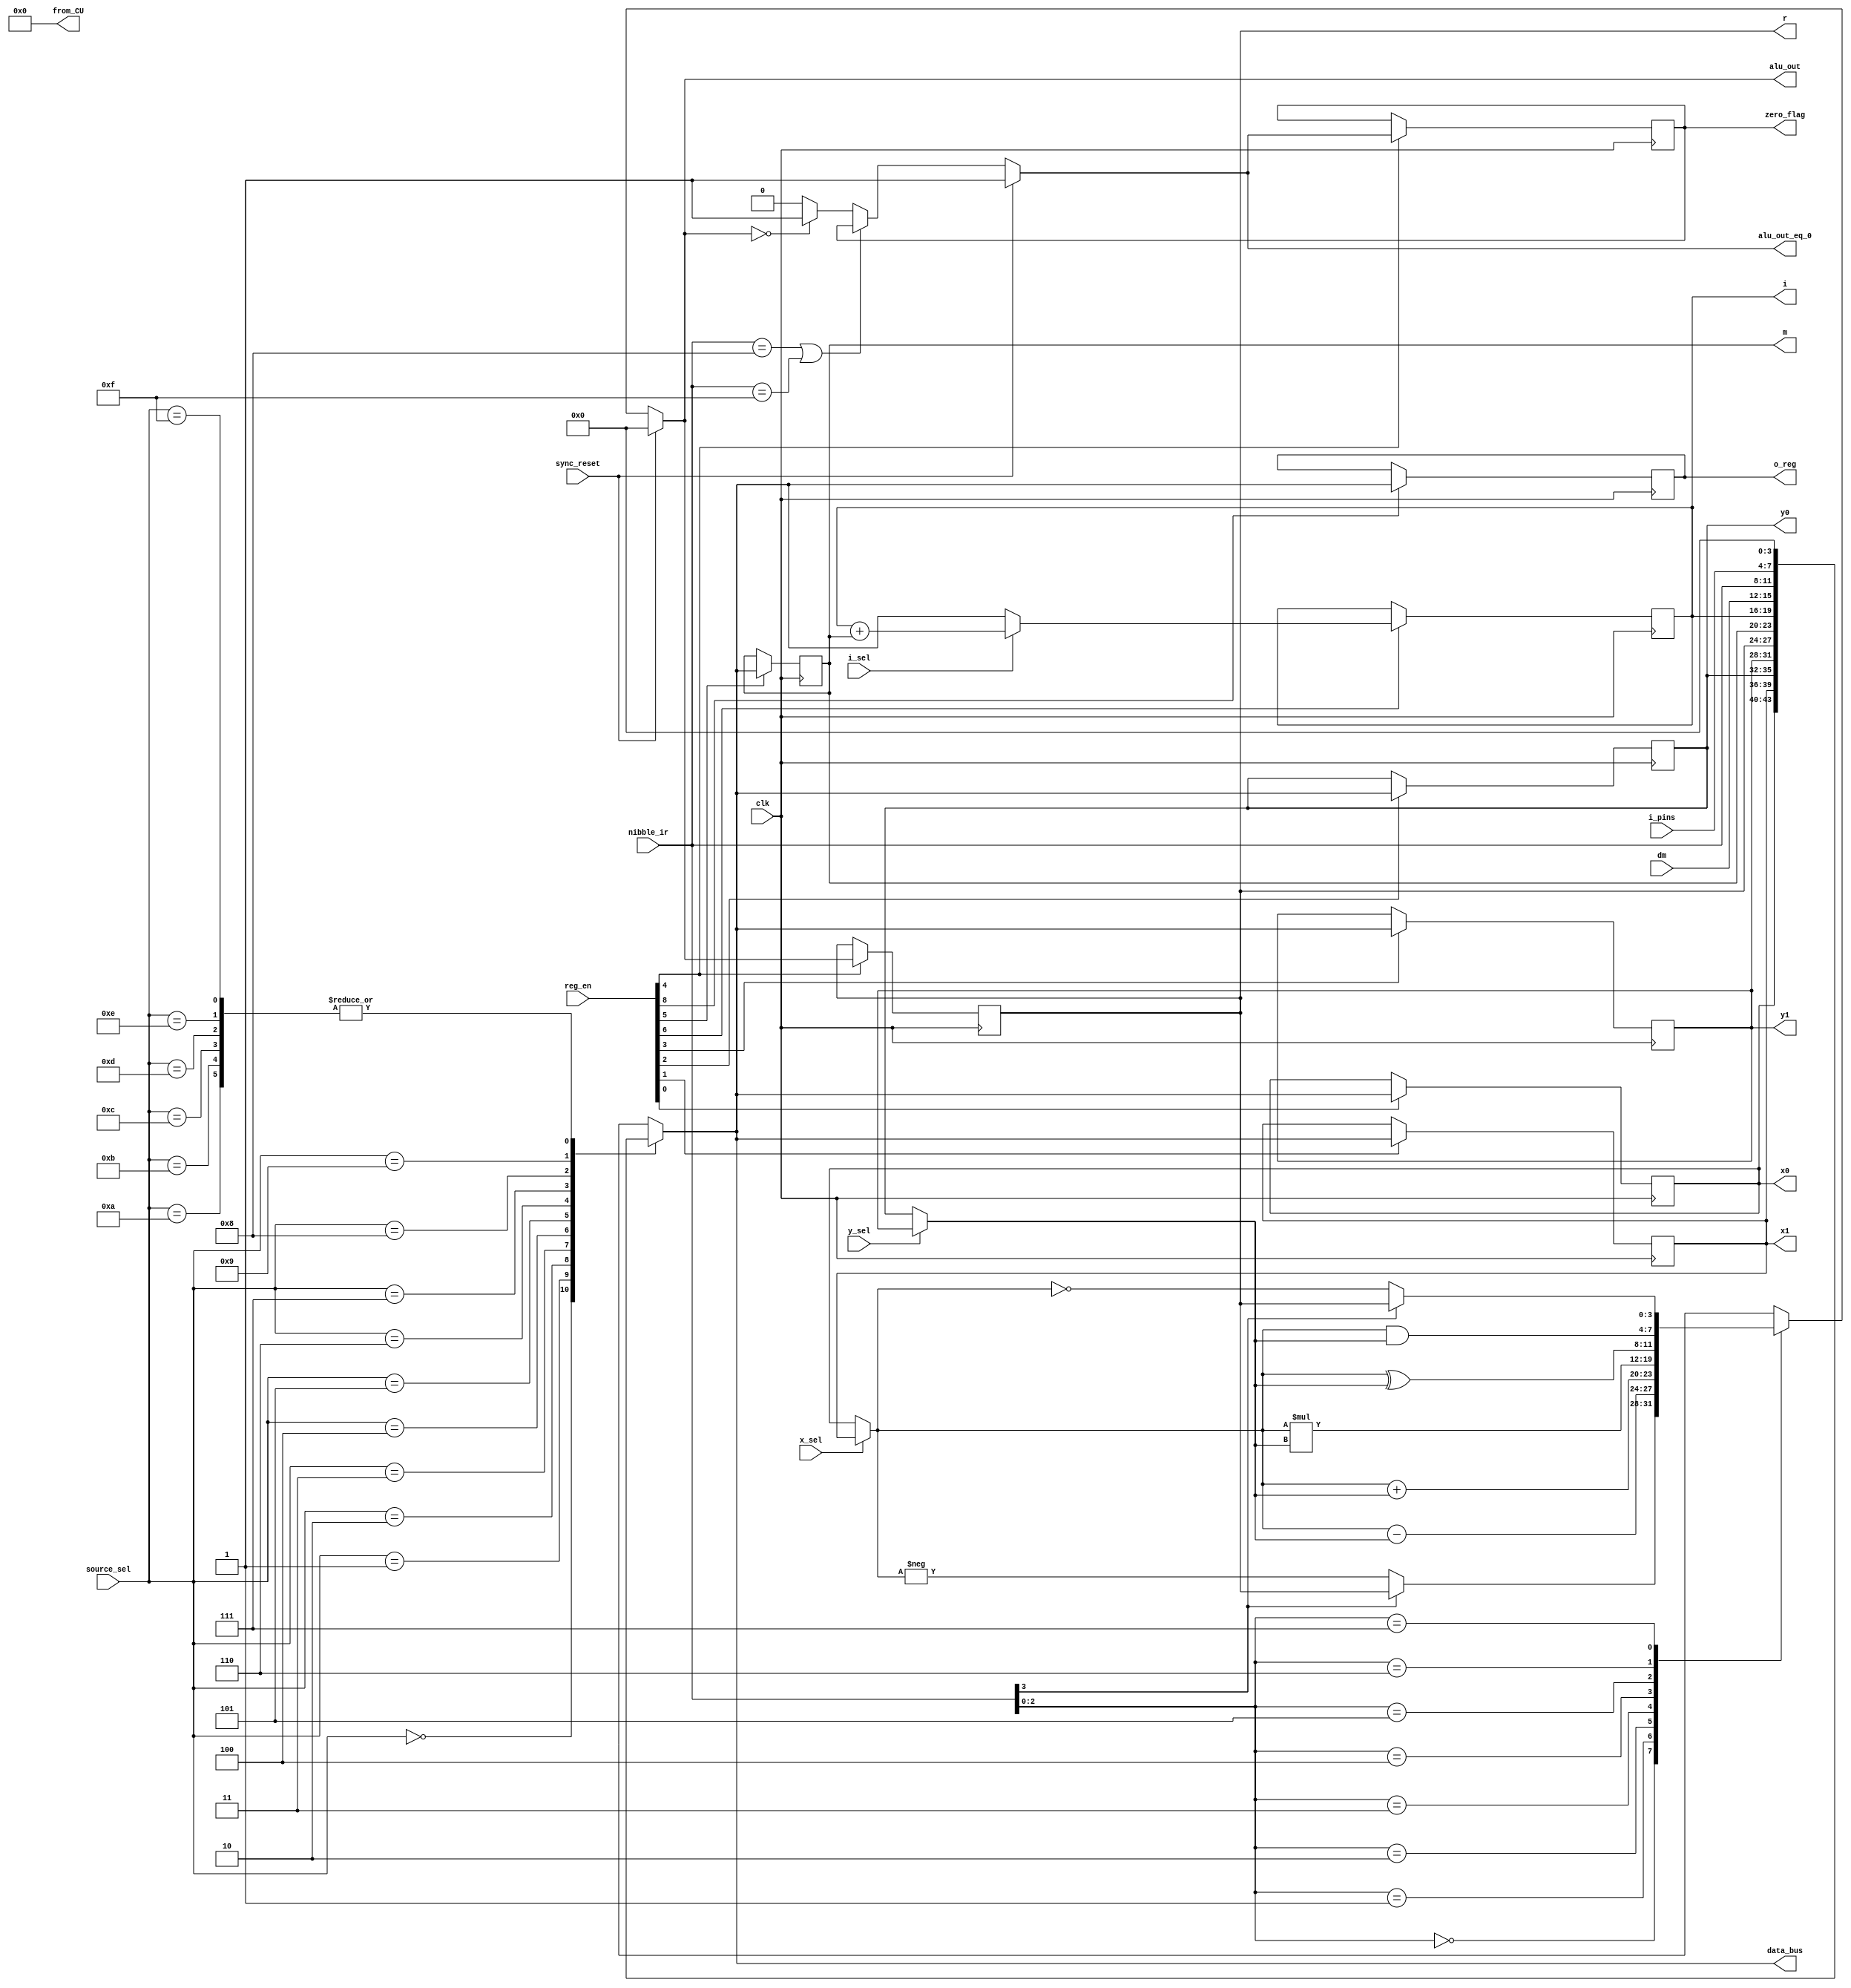
module CPU 	
(
	input wire clk,
	input wire sync_reset,
	input wire [3:0] nibble_ir,
	input wire i_sel,
	input wire y_sel,
	input wire x_sel,
	input wire [3:0] source_sel,
	input wire [8:0] reg_en,
	input wire [3:0] dm,
	input wire [3:0] i_pins,
	output reg zero_flag,
	output reg [3:0] i, m, r, y1, y0, x1, x0,
	output reg [3:0] data_bus,
	output reg [3:0] o_reg,
	output reg [7:0] from_CU,
	output reg [3:0] alu_out,
	output reg alu_out_eq_0
);

reg [3:0] i_in;
reg [3:0] ALU_x, ALU_y;
reg [2:0] alu_func;
(* noprune *) reg [7:0] x_y_mul;


always @*
	from_CU = 8'h00;

/********************************************************
**********************Source Mux*************************
*********************************************************/
always @ *
begin
	case (source_sel)
		4'h0: data_bus = x0;
		4'h1: data_bus = x1;
		4'h2: data_bus = y0;
		4'h3: data_bus = y1;
		4'h4: data_bus = r;
		4'h5: data_bus = m;
		4'h6: data_bus = i;
		4'h7: data_bus = dm;
		4'h8: data_bus = nibble_ir;
		4'h9: data_bus = i_pins;
		4'hA: data_bus = 4'h0;
		4'hB: data_bus = 4'h0;
		4'hC: data_bus = 4'h0;
		4'hD: data_bus = 4'h0;
		4'hE: data_bus = 4'h0;
		4'hF: data_bus = 4'h0;
	endcase
end
/********************************************************
***************************i Mux*************************
*********************************************************/
always @ *
begin
	if(i_sel == 0)
		i_in = data_bus;					// i_in is input to the i register f/f
	else
		i_in = i + m;						// i_in is input to the i register f/f
end
/********************************************************
***************************x Mux*************************
*********************************************************/
always @ *
	if(x_sel == 0)
		ALU_x <= x0;
	else
		ALU_x <= x1;
/********************************************************
***************************y Mux*************************
*********************************************************/
always @ *
	if(y_sel == 0)
		ALU_y <= y0;
	else
		ALU_y <= y1;
/********************************************************
****************************ALU**************************
*********************************************************/

always @ *
	alu_func <= nibble_ir[2:0];


// temporary for ALU_x * ALU_y
always @*
	x_y_mul = ALU_x * ALU_y;
	
//	alu_out
always @*
if(sync_reset == 1'b0)
	case(alu_func)
		3'b000 : 
				if(nibble_ir[3] == 0) 
					// r = -x
					alu_out = -ALU_x;
				else
					// no op C8, D8
					alu_out = r;
		3'b001 :
				// r = x - y
				alu_out = ALU_x - ALU_y;
		3'b010 :
				// r = x + y
				alu_out = ALU_x + ALU_y;
		3'b011 :
				// r = most significant nibble of x*y
				alu_out = x_y_mul[7:4];
		3'b100 :
				// r = least significant nibble of x*y
				alu_out = x_y_mul[3:0];
		3'b101 :
				// r = x^y;
				alu_out = ALU_x ^ ALU_y;
		3'b110 :
				// r = x&y;
				alu_out = ALU_x & ALU_y;
		3'b111 :
				if(nibble_ir[3] == 0) 
					// r = ~x
					alu_out = ~ALU_x;
				else
					// no op CF, DF
					alu_out = r;
	endcase
else
	alu_out = 4'h0;

//			alu_out_eq_0	
always @*
if(sync_reset == 1'b0)
	if( (nibble_ir == 4'h8) || (nibble_ir == 4'hF) )
		alu_out_eq_0 = zero_flag;
	else if( alu_out == 4'h0 )
		alu_out_eq_0 = 1'b1;
	else
		alu_out_eq_0 = 1'b0;
else
	alu_out_eq_0 = 1'b1;
	
/********************************************************
************************Flip_FLops***********************
*********************************************************/

//_______x0___________
always @ (posedge clk)
begin
	if(reg_en[0] == 1)
		x0 = data_bus;
end

//_______x1___________
always @ (posedge clk)
begin
	if(reg_en[1] == 1)
		x1 = data_bus;
end

//_______y0___________
always @ (posedge clk)
begin
	if(reg_en[2] == 1)
		y0 = data_bus;
end

//_______y1___________
always @ (posedge clk)
begin
	if(reg_en[3] == 1)
		y1 = data_bus;
end

//________i___________
always @ (posedge clk)
begin
	if(reg_en[6] == 1)
		i = i_in;
end

//_______m____________
always @ (posedge clk)
begin
	if(reg_en[5] == 1)
		m = data_bus;
end

//_______o_reg________
always @ (posedge clk)
begin
	if(reg_en[8] == 1)
		o_reg = data_bus;
end

//_______r____________
always @ (posedge clk)
begin
	if(reg_en[4] == 1)
		r = alu_out;
end

//______zero_flag_____
always @ (posedge clk)
begin
	if(reg_en[4] == 1)
		zero_flag = alu_out_eq_0;
end

endmodule